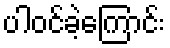
ပါဝင်ခဲ့ကြောင်း